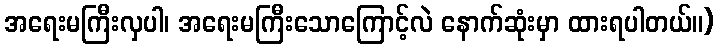
အရေးမကြီးလှပါ၊ အရေးမကြီးသောကြောင့်လဲ နောက်ဆုံးမှာ ထားရပါတယ်။)